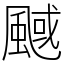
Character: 䬎